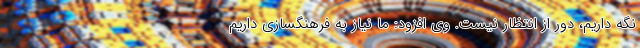
نگه داریم، دور از انتظار نیست. وی افزود: ما نیاز به فرهنگسازی داریم